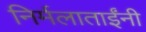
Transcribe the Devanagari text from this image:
निर्मलाताईंनी